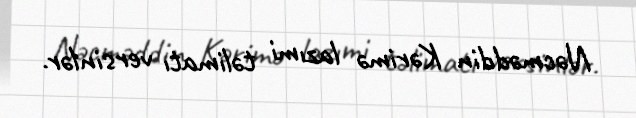
Nəcməddin Kərimə lazımi təlimatı versinlər.